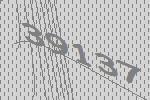
39137